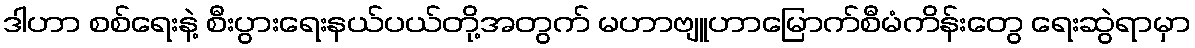
ဒါဟာ စစ်ရေးနဲ့ စီးပွားရေးနယ်ပယ်တို့အတွက် မဟာဗျူဟာမြောက်စီမံကိန်းတွေ ရေးဆွဲရာမှာ